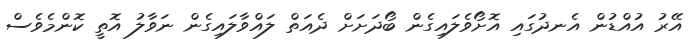
އޭރު އުއްޑުން އެނދުގައި އޮށޯވެލައިގެން ބޯދަށަށް ދެއަތް ލައްވާލައިގެން ނަވާލު އޮތީ ކޮންމެވެސް